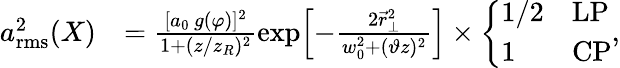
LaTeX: \begin{array}{rl}{a_{\mathrm{rms}}^{2}(X)}&{=\frac{[a_{0}\, g(\varphi)]^{2}}{1+(z/z_{R})^{2}}\exp\! \left[-\frac{2\vec{r}_{\perp}^{2}}{w_{0}^{2}+(\vartheta z)^{2}}\right]\times\left\{ \begin{array}{ll}{1/2}&{\mathrm{LP}}\\ {1}&{\mathrm{CP}}\end{array}\right.,}\end{array}